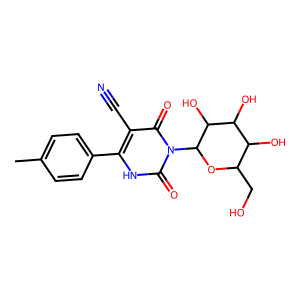
SMILES: Cc1ccc(-c2[nH]c(=O)n(C3OC(CO)C(O)C(O)C3O)c(=O)c2C#N)cc1
Inhibits HIV replication: No